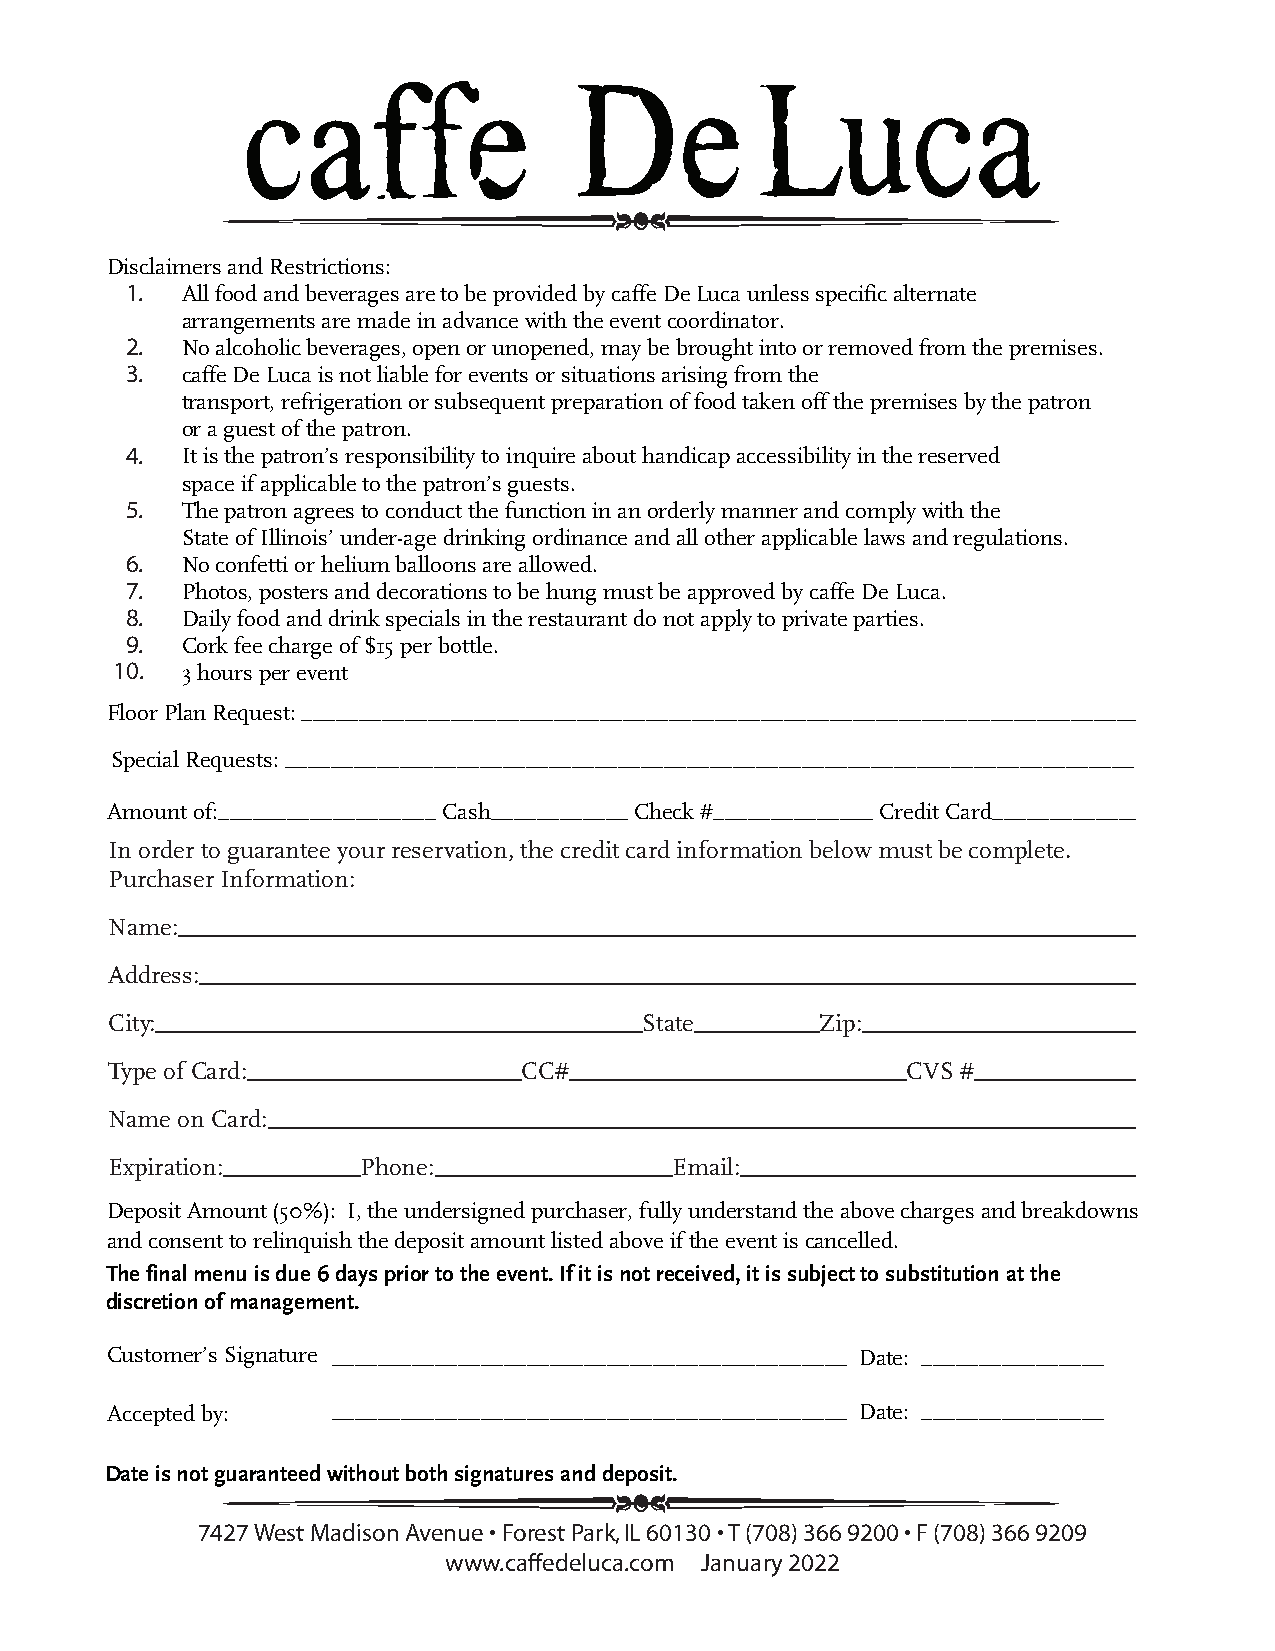
Disclaimers and Restrictions:
 1.  All food and beverages are to be provided by ca ffe De Luca unless specific alternate
 arrangements are made in advance with the event coordinator.
 2.  No alcoholic beverages, open or unopened, may be brought into or removed from the premises.
 3.  caffe De Luca is not liable for events or situations arising from the
 transport, refrigeration or subsequent preparation of food taken off the premises by the patron
 or a guest of the patron.
 4.  It is the patron’s responsibility to inquire about handicap accessibility in the reserved
 space if applicable to the patron’s guests.
 5.  The patron agrees to conduct the function in an orderly manner and comply with the
 State of Illinois’ under-age drinking ordinance and all other applicable laws and regulations.
 6.  No confetti or helium balloons are allowed.
 7 . Photos, posters and decorations to be hung must be approved by caffe De Luca.
 8.  Daily food and drink specials in the restaurant do not apply to private parties.
 9.  Cork fee charge of $15 per bottle.
 10.  3 hours per event
 Floor Plan Request:__________________________________________________________________________
 Special Requests: __________________________________________________________________________
 Amount of:___________________ Cash____________ Check #______________ Credit Card_____________
 In order to guarantee your reservation, the credit card information below must be co mplete.
 Purchaser Information:
 Name:_____________________________________________________________________________
 Address:___________________________________________________________________________
 City:_______________________________________State__________Zip:________________________
 Type of Card:______________________CC#___________________________CVS #______________
 Name on Card:______________________________________________________________________
 Expiration:___________Phone:___________________Email:_________________________________
 Deposit Amount (50%): I, the undersigned purchaser, fully understand the above charges and b reakdowns
 and consent to relinquish the deposit amount listed above if the event is cancelled.
 The final menu is due 6 days prior to the event. If it is not received, it is subject to substitution at the
 discretion of management.
 Customer’s Signature _____________________________________________ Date: ________________
 Accepted by:   _____________________________________________ Date: ________________
 Date is not guaranteed without both signatures and deposit.
 7427 West Madison Avenue • Forest Park, IL 60130 • T (708) 366 9200 • F (708) 366 9209
 www.caffedeluca.com January 2022